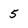
Character: 5